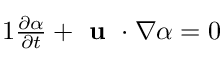
\begin{array} { r } { { 1 } \frac { \partial \alpha } { \partial t } + \textbf { u } \cdot \nabla \alpha = 0 } \end{array}